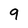
Character: 9